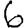
Digit: 6